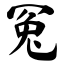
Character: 冤